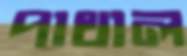
পাথাল